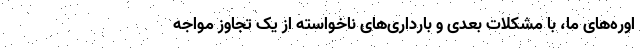
اوره‌های ما، با مشکلات بعدی و بارداری‌های ناخواسته از یک تجاوز مواجه